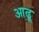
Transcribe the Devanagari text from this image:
आढ़ू